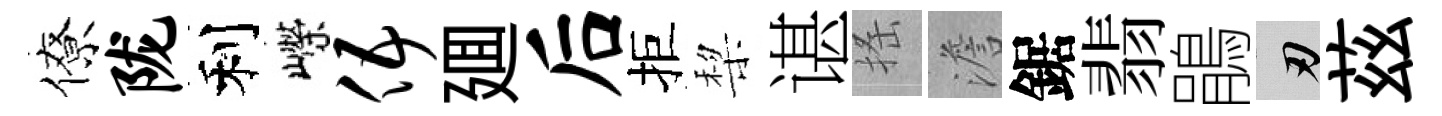
僚陇利嶸伍廽后拒棃谌搖澹鋸翡鵑刃茲